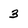
Character: 3